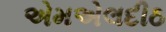
એમએલદીઠ